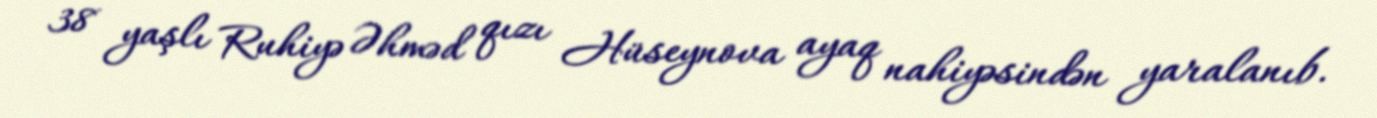
38 yaşlı Ruhiyə Əhməd qızı Hüseynova ayaq nahiyəsindən yaralanıb.